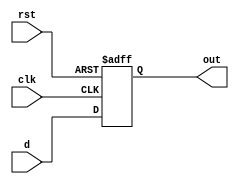
`timescale 1ns / 1ps
//////////////////////////////////////////////////////////////////////////////////
// Company: 
// Engineer: 
// 
// Design Name: 
// Module Name:    DFF 
// Project Name: 
// Target Devices: 
// Tool versions: 
// Description: 
//
// Dependencies: 
//
// Revision: 
// Revision 0.01 - File Created
// Additional Comments: 
//
//////////////////////////////////////////////////////////////////////////////////
module DFF(d,out,clk,rst);
input d, rst, clk;
output out;
reg out;

always@(posedge clk or posedge rst)
	begin
	
		if(rst) out <= 0;
		else out <= d;
	end
	
endmodule